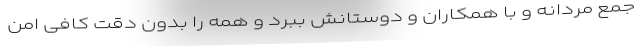
جمع مردانه و با همکاران و دوستانش ببرد و همه را بدون دقت کافی امن